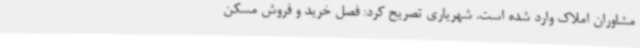
مشاوران املاک وارد شده است. شهریاری تصریح کرد: فصل خرید و فروش مسکن